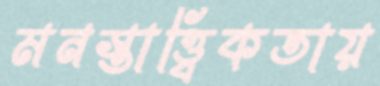
মনস্তাত্ত্বিকতায়